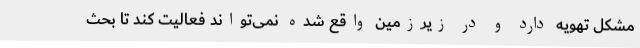
مشکل تهویه دارد و در زیرزمین واقع شده نمی‌تواند فعالیت کند تا بحث